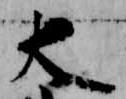
大